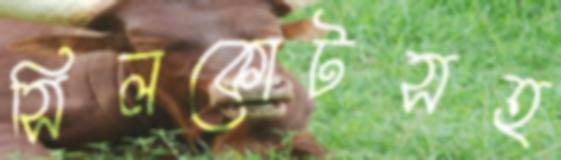
সিলকোটসহ